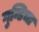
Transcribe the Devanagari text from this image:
गुन्डिचा